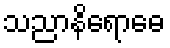
သညာနိရောဓေ